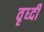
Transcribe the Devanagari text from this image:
वृध्दी